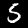
Digit: 5